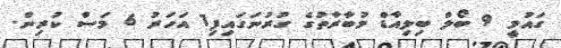
ގައުމީ 9 ބޯލް ބިލިއާޑް މުބާރާތުގެ ގުރުނަގައިފި1 އަހަރު 6 މަސް ކުރިން.